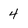
Character: 4